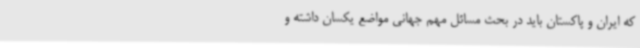
که ایران و پاکستان باید در بحث مسائل مهم جهانی مواضع یکسان داشته و